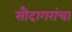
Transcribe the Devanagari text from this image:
सौदागरांचा